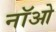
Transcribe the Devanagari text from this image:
नॉओ